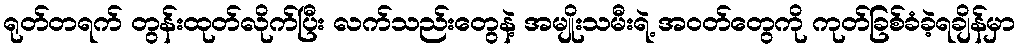
ရုတ်တရက် တွန်းထုတ်လိုက်ပြီး လက်သည်းတွေနဲ့ အမျိုးသမီးရဲ့ အဝတ်တွေကို ကုတ်ခြစ်ခံခဲ့ရချိန်မှာ